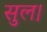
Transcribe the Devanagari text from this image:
सुल।